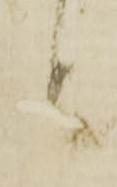
言